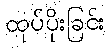
ထုပ်ပိုးခြင်း